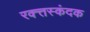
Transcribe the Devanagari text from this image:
रक्त्तस्कंदक